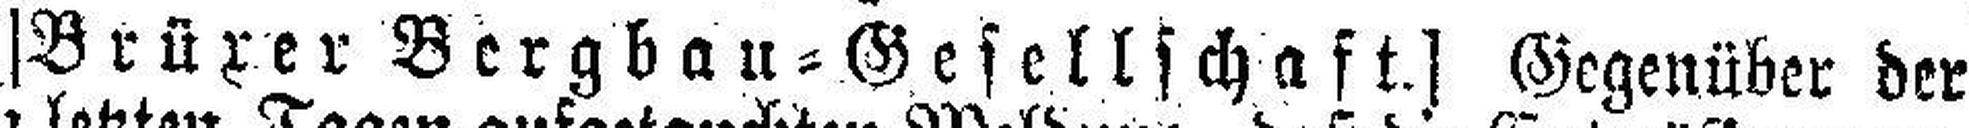
[Brüxer Bergbau=Gesellschaft.] Gegenüber der